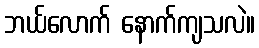
ဘယ်လောက် နောက်ကျသလဲ။